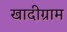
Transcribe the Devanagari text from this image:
खादीग्राम